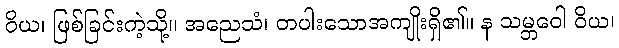
ဝိယ၊ ဖြစ်ခြင်းကဲ့သို့။ အညေသံ၊ တပါးသောအကျိုးရှိ၏။ န သမ္ဘဝေါ ဝိယ၊